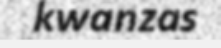
kwanzas